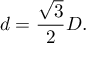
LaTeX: d = { \frac { \sqrt { 3 } } { 2 } } D .